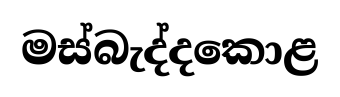
මස්බැද්දකොළ